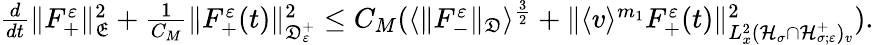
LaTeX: \begin{array}{r}{\frac{d}{dt}\| F_{+}^{\varepsilon}\| _{\mathfrak E}^{2}+\frac{1}{C_{M}}\| F_{+}^{\varepsilon}(t)\| _{\mathfrak D_{\varepsilon}^{+}}^{2}\leq C_{M}(\langle\| F_{-}^{\varepsilon}\| _{\mathfrak D}\rangle^{\frac{3}{2}}+\| \langle v\rangle^{m_{1}}F_{+}^{\varepsilon}(t)\| _{L_{x}^{2}(\mathcal H_{\sigma}\cap\mathcal H_{\sigma;\varepsilon}^{+})_{v}}^{2}).}\end{array}